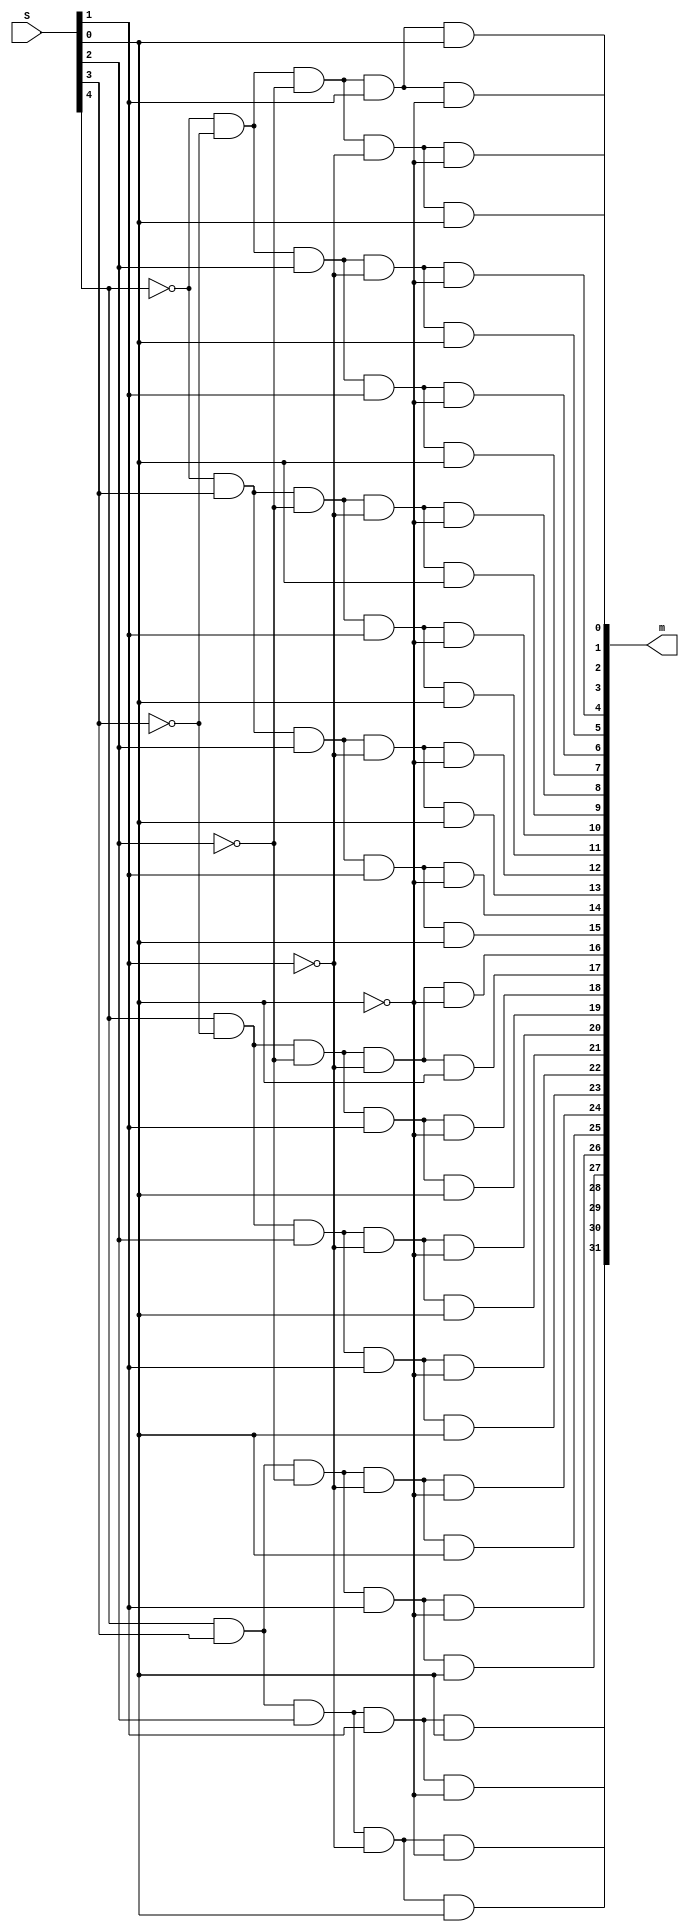
module Decoder_5to32(S,m);
	input[4:0]S;
	output[32:0]m;

	//00000// 
	assign m[0] = ~S[4] & ~S[3] & ~S[2] & ~S[1] & ~S[0];
	//00001// 
	assign m[1] = ~S[4] & ~S[3] & ~S[2] & ~S[1] & S[0];
	//00010// 
	assign m[2] = ~S[4] & ~S[3] & ~S[2] & S[1] & ~S[0];
	//00011// 
	assign m[3] = ~S[4] & ~S[3] & ~S[2] & S[1] & S[0];
	//00100// 
	assign m[4] = ~S[4] & ~S[3] & S[2] & ~S[1] & ~S[0];
	//00101// 
	assign m[5] = ~S[4] & ~S[3] & S[2] & ~S[1] & S[0];
	//00110// 
	assign m[6] = ~S[4] & ~S[3] & S[2] & S[1] & ~S[0];
	//00111// 
	assign m[7] = ~S[4] & ~S[3] & S[2] & S[1] & S[0];
	//01000// 
	assign m[8] = ~S[4] & S[3] & ~S[2] & ~S[1] & ~S[0];
	//01001// 
	assign m[9] = ~S[4] & S[3] & ~S[2] & ~S[1] & S[0];
	//01010// 
	assign m[10] = ~S[4] & S[3] & ~S[2] & S[1] & ~S[0];
	//01011// 
	assign m[11] = ~S[4] & S[3] & ~S[2] & S[1] & S[0];
	//01100// 
	assign m[12] = ~S[4] & S[3] & S[2] & ~S[1] & ~S[0];
	//01101//
	assign m[13] = ~S[4] & S[3] & S[2] & ~S[1] & S[0];
	//01110// 
	assign m[14] = ~S[4] & S[3] & S[2] & S[1] & ~S[0];
	//01111// 
	assign m[15] = ~S[4] & S[3] & S[2] & S[1] & S[0];
	//10000// 
	assign m[16] = S[4] & ~S[3] & ~S[2] & ~S[1] & ~S[0];
	//10001// 
	assign m[17] = S[4] & ~S[3] & ~S[2] & ~S[1] & S[0];
	//10010// 
	assign m[18] = S[4] & ~S[3] & ~S[2] & S[1] & ~S[0];
	//10011// 
	assign m[19] = S[4] & ~S[3] & ~S[2] & S[1] & S[0];
	//10100//
	assign m[20] = S[4] & ~S[3] & S[2] & ~S[1] & ~S[0];
	//10101// 
	assign m[21] = S[4] & ~S[3] & S[2] & ~S[1] & S[0];
	//10110//
	assign m[22] = S[4] & ~S[3] & S[2] & S[1] & ~S[0];
	//10111//
	assign m[23] = S[4] & ~S[3] & S[2] & S[1] & S[0];
	//11000// 
	assign m[24] = S[4] & S[3] & ~S[2] & ~S[1] & ~S[0];
	//11001// 
	assign m[25] = S[4] & S[3] & ~S[2] & ~S[1] & S[0];
	//11010// 
	assign m[26] = S[4] & S[3] & ~S[2] & S[1] & ~S[0];
	//11011// 
	assign m[27] = S[4] & S[3] & ~S[2] & S[1] & S[0];
	//11100//
	assign m[28] = S[4] & S[3] & S[2] & ~S[1] & ~S[0];
	//11101// 
	assign m[29] = S[4] & S[3] & S[2] & ~S[1] & S[0];
	//11110// 
	assign m[30] = S[4] & S[3] & S[2] & S[1] & ~S[0];
	//11111// 
	assign m[31] = S[4] & S[3] & S[2] & S[1] & S[0];
endmodule